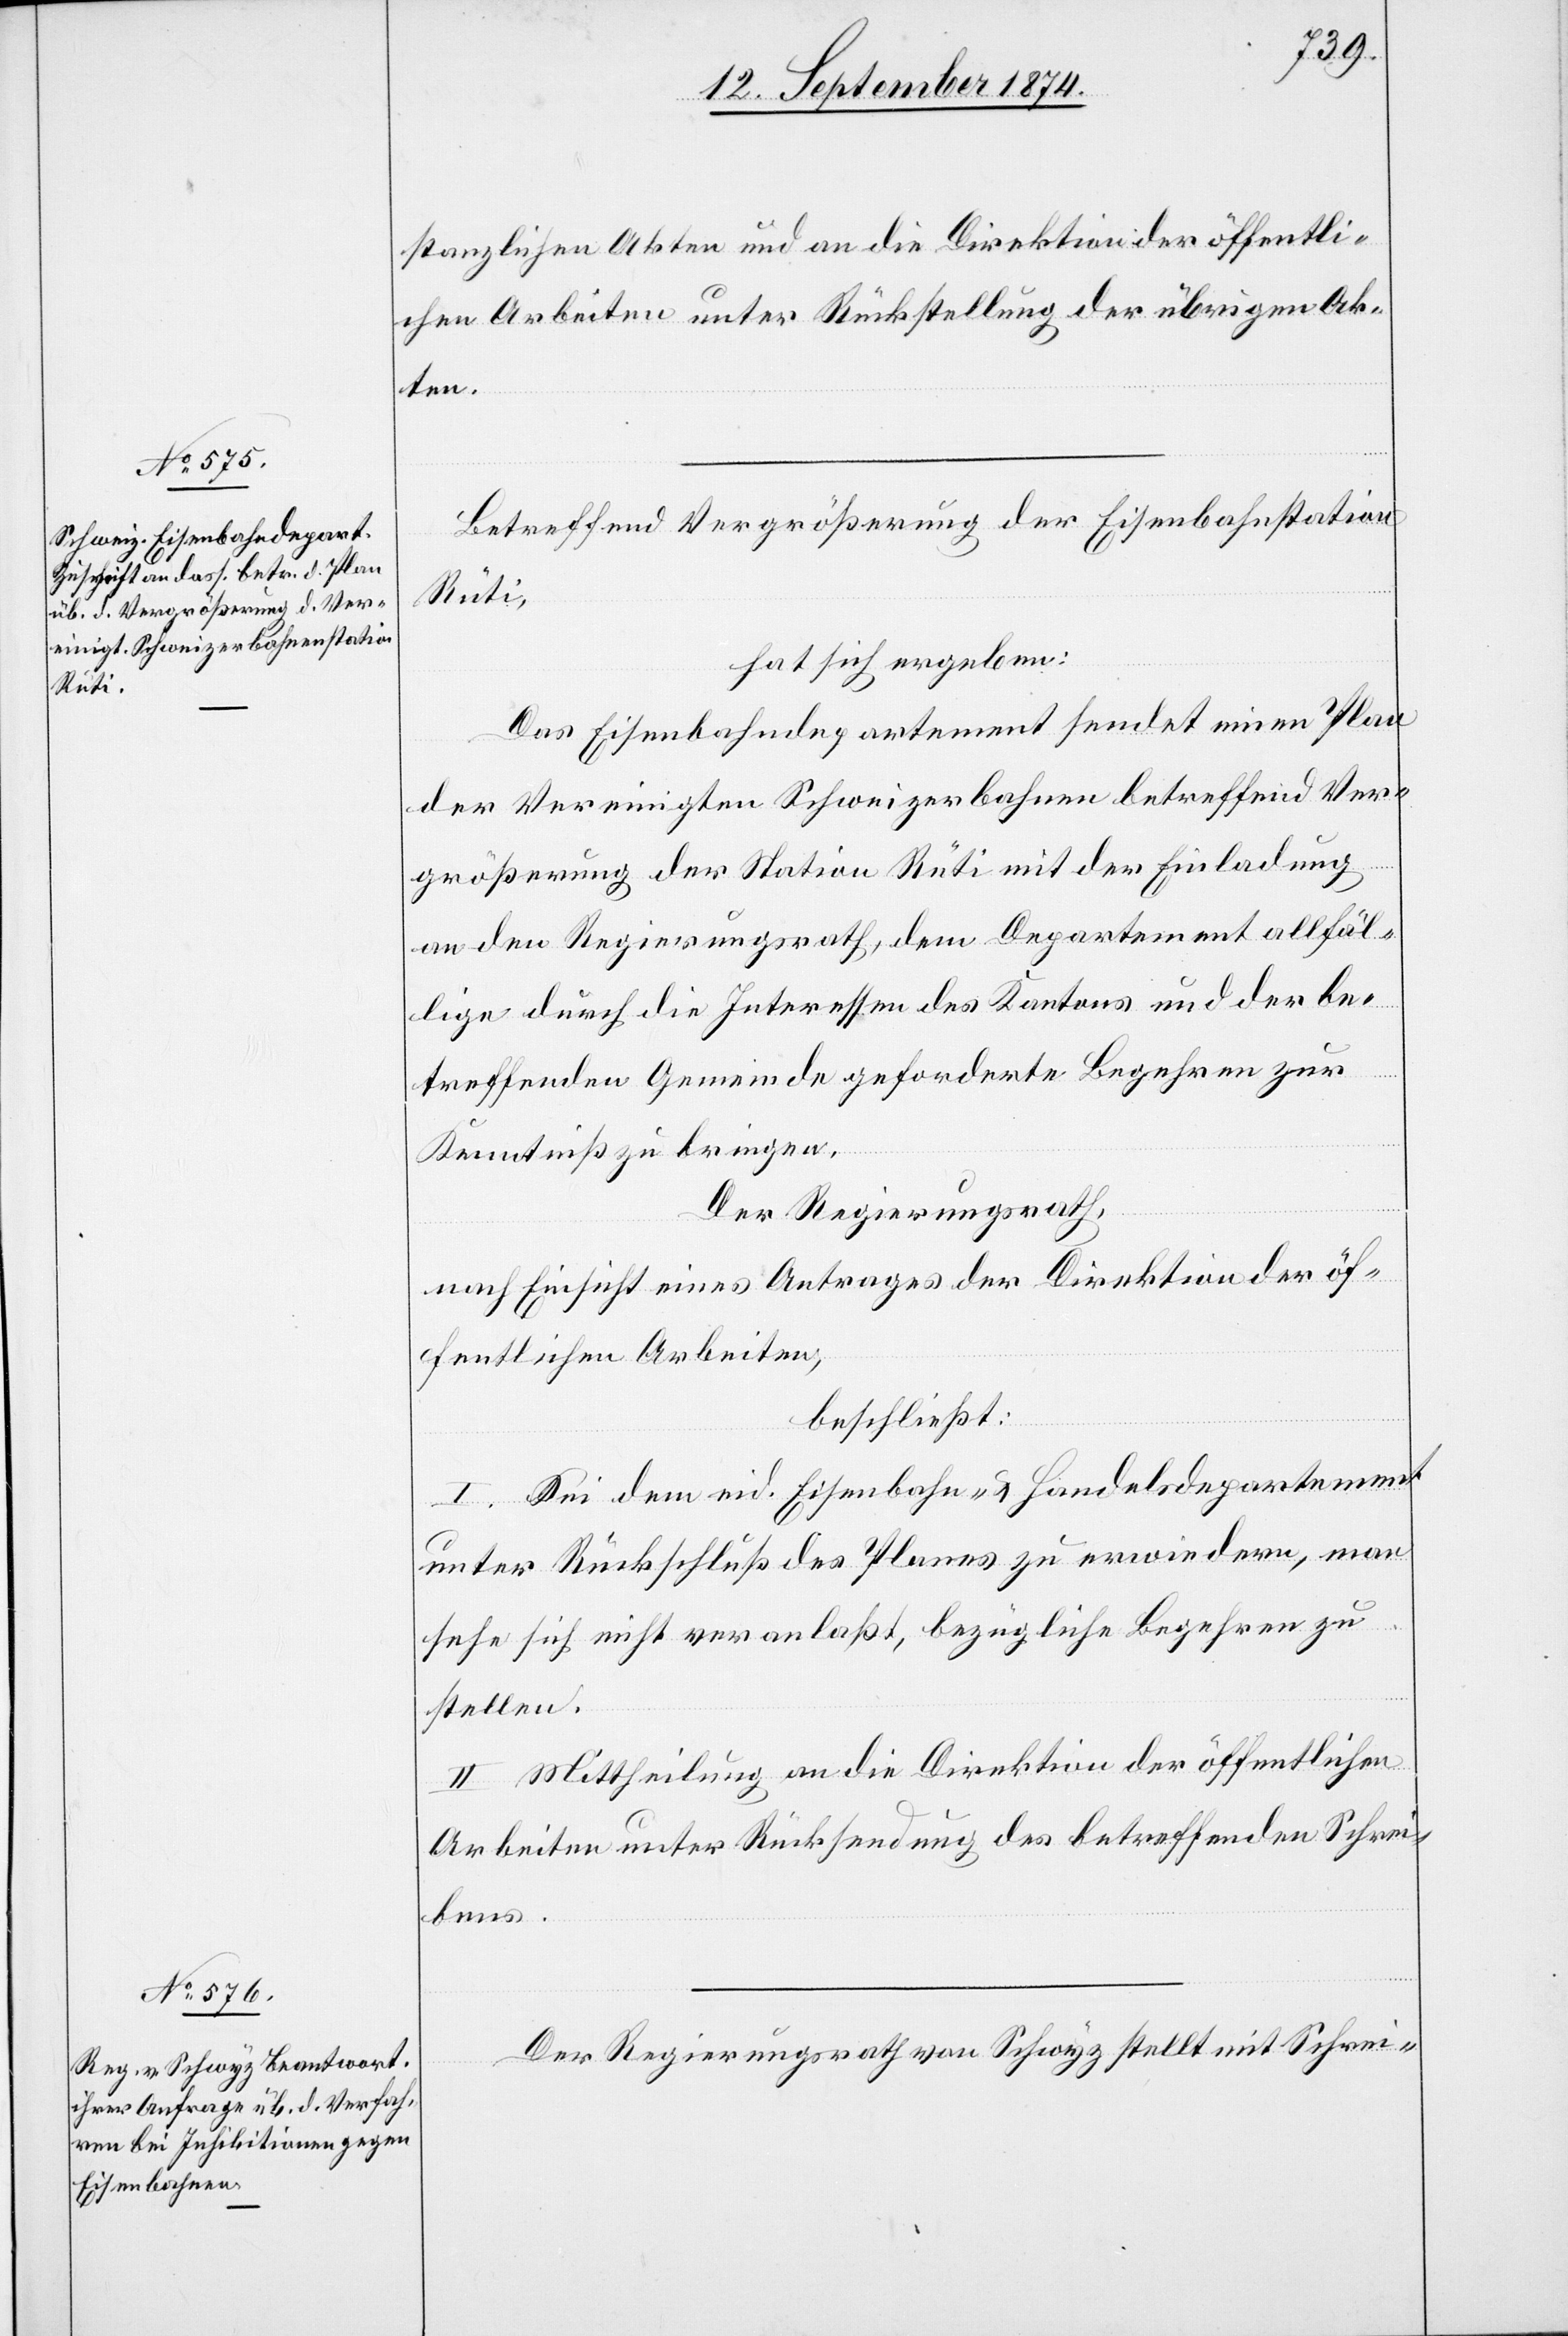
stanzlichen Akten und an die Direktion der öffentli¬
chen Arbeiten unter Rückstellung der übrigen Ak¬
ten.
Betreffend Vergrößerung der Eisenbahnstation
Rüti,
hat sich ergeben:
Das Eisenbahndepartement sendet einen Plan
der Vereinigten Schweizerbahnen betreffend Ver¬
größerung der Station Rüti mit der Einladung
an den Regierungsrath, dem Departement allfäl¬
lige durch die Interessen des Kantons und der be¬
treffenden Gemeinde geforderte Begehren zur
Kenntniß zu bringen.
Der Regierungsrath,
nach Einsicht eines Antrages der Direktion der öf¬
fentlichen Arbeiten,
beschließt:
I. Sei dem eid. Eisenbahn- & Handelsdepartement
unter Rückschluß des Planes zu erwiedern, man
sehe sich nicht veranlaßt, bezügliche Begehren zu
stellen.
II. Mittheilung an die Direktion der öffentlichen
Arbeiten unter Rücksendung des betreffenden Schrei¬
bens.
Der Regierungsrath von Schwyz stellt mit Schrei-